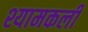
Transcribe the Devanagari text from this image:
श्यामकली